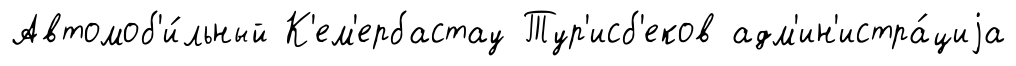
Автомоб'и́льный К'ем'ербастау Тур'исб'еков адм'ин'истра́циjа